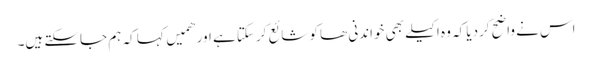
اس نے واضح کردیا کہ وہ اکیلے بھی خواندنی ھا کو شائع کرسکتا ہے اور ھمیں کہا کہ ہم جاسکتے ہیں۔